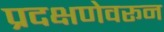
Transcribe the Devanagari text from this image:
प्रदक्षणेवरून